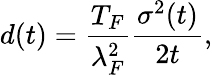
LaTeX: d(t)=\frac{T_{F}}{\lambda_{F}^{2}}\frac{\sigma^{2}(t)}{2t},